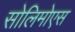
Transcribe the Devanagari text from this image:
सोलिमोएस